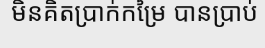
មិនគិតប្រាក់កម្រៃ បានប្រាប់